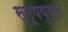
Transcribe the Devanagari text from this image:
स्तूपयुक्त